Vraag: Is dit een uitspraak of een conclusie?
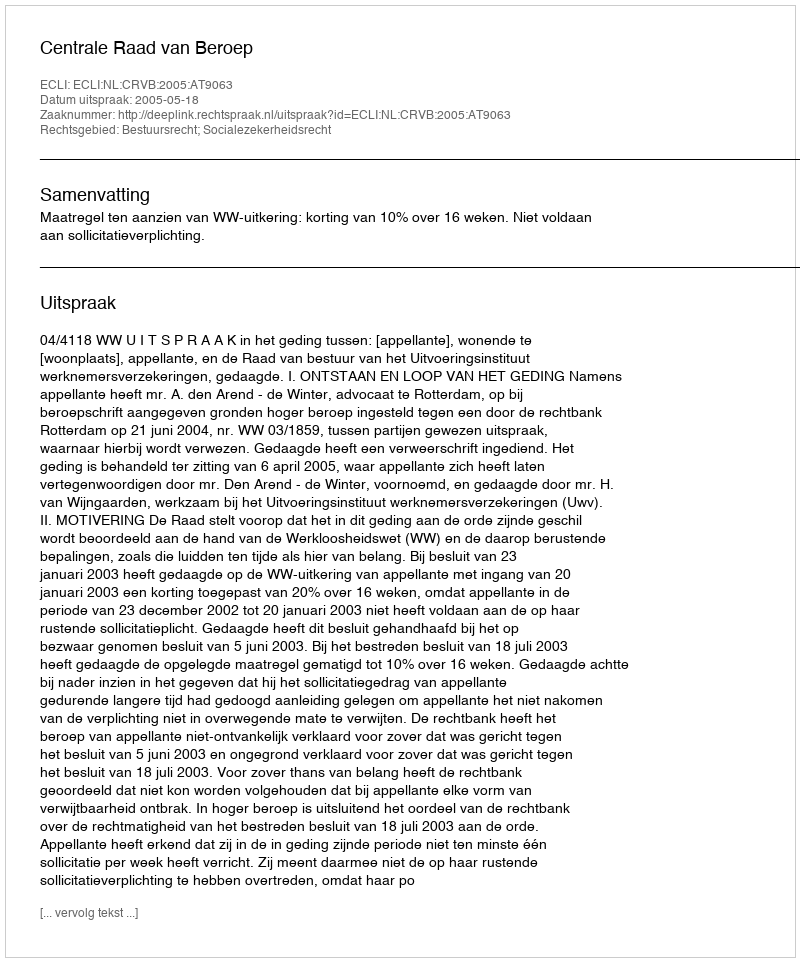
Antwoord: Uitspraak